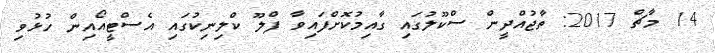
14 މާޗް 2017: ތާޖުއްދީން ސްކޫލުގައި ގާއިމުކޮށްފައިވާ ފްލޫ ކްލިނިކުގައި އެސްޓީއޯއިން ހުޅުވި